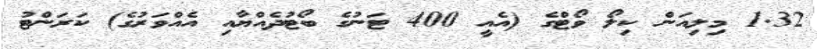
1.32 މިލިއަން ކިލޯ ވޯޓްގެ (އެއީ 400 ޓަނުގެ ބޯޓުދެއްޔާއި އެއްވަރުގެ) ކަރަންޓު